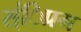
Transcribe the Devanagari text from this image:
स्ंिप्रग